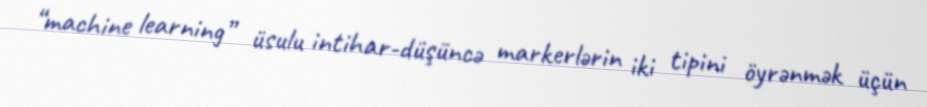
“machine learning” üsulu intihar-düşüncə markerlərin iki tipini öyrənmək üçün